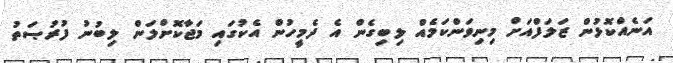
އަނެއްކޮޅުން ޒަލަފްއަށް މިނިވަންކަމެއް ލިބިގެން އެ ދެމީހުން އެކުގައި މަޖާކޮށްލަން ލިބުނު ފުރުޞަތު